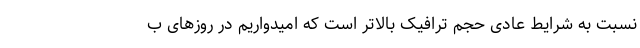
نسبت به شرایط عادی حجم ترافیک بالاتر است که امیدواریم در روزهای ب